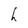
Character: h